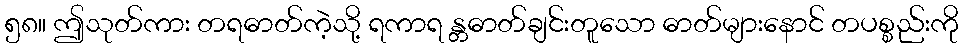
၅၈။ ဤသုတ်ကား တရဓာတ်ကဲ့သို့ ရကာရ န္တဓာတ်ချင်းတူသော ဓာတ်များနောင် တပစ္စည်းကို